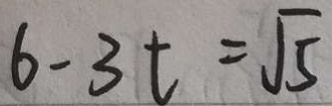
6 - 3 t = \sqrt { 5 }